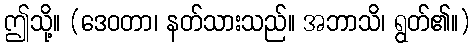
ဤသို့။ (ဒေဝတာ၊ နတ်သားသည်။ အဘာသိ၊ ရွတ်၏။)